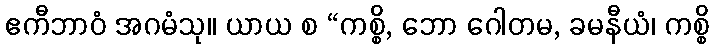
ဧကီဘာဝံ အဂမံသု။ ယာယ စ “ကစ္စိ, ဘော ဂေါတမ, ခမနီယံ၊ ကစ္စိ